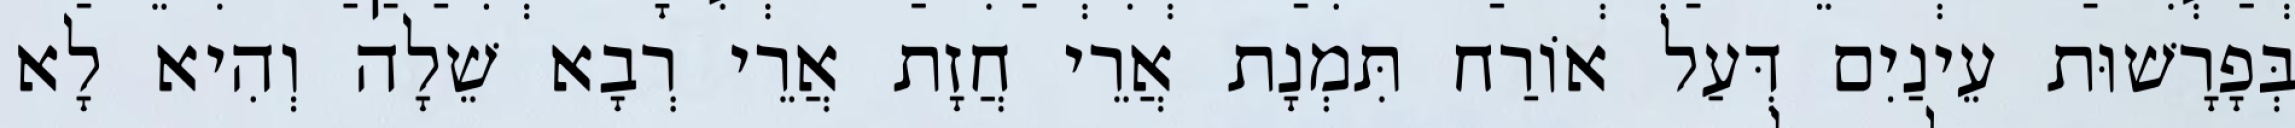
בְּפָרָשׁוּת עֵינַיִם דְּעַל אוֹרַח תִּמְנָת אֲרֵי חֲזָת אֲרֵי רְבָא שֵׁלָה וְהִיא לָא